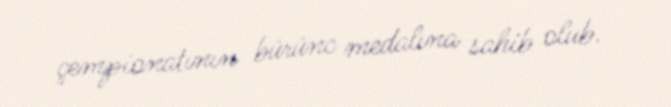
çempionatının bürünc medalına sahib olub.